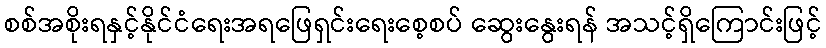
စစ်အစိုးရနှင့်နိုင်ငံရေးအရဖြေရှင်းရေးစေ့စပ် ဆွေးနွေးရန် အသင့်ရှိကြောင်းဖြင့်